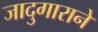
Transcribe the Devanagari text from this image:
जादुगाराने